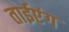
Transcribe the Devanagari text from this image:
ताईएंग